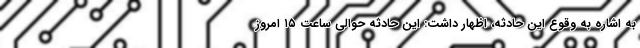
به اشاره به وقوع این حادثه، اظهار داشت: این حادثه حوالی ساعت ۱۵ امروز